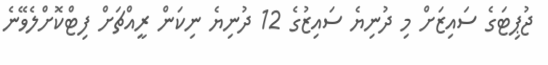
ޖުޕިޓަގެ ސައިޒަށް މި ދުނިޔެ ސައިޒުގެ 12 ދުނިޔެ ނިކަން ރީއްޗަށް ފިޓްކޮށްލެވޭނެ